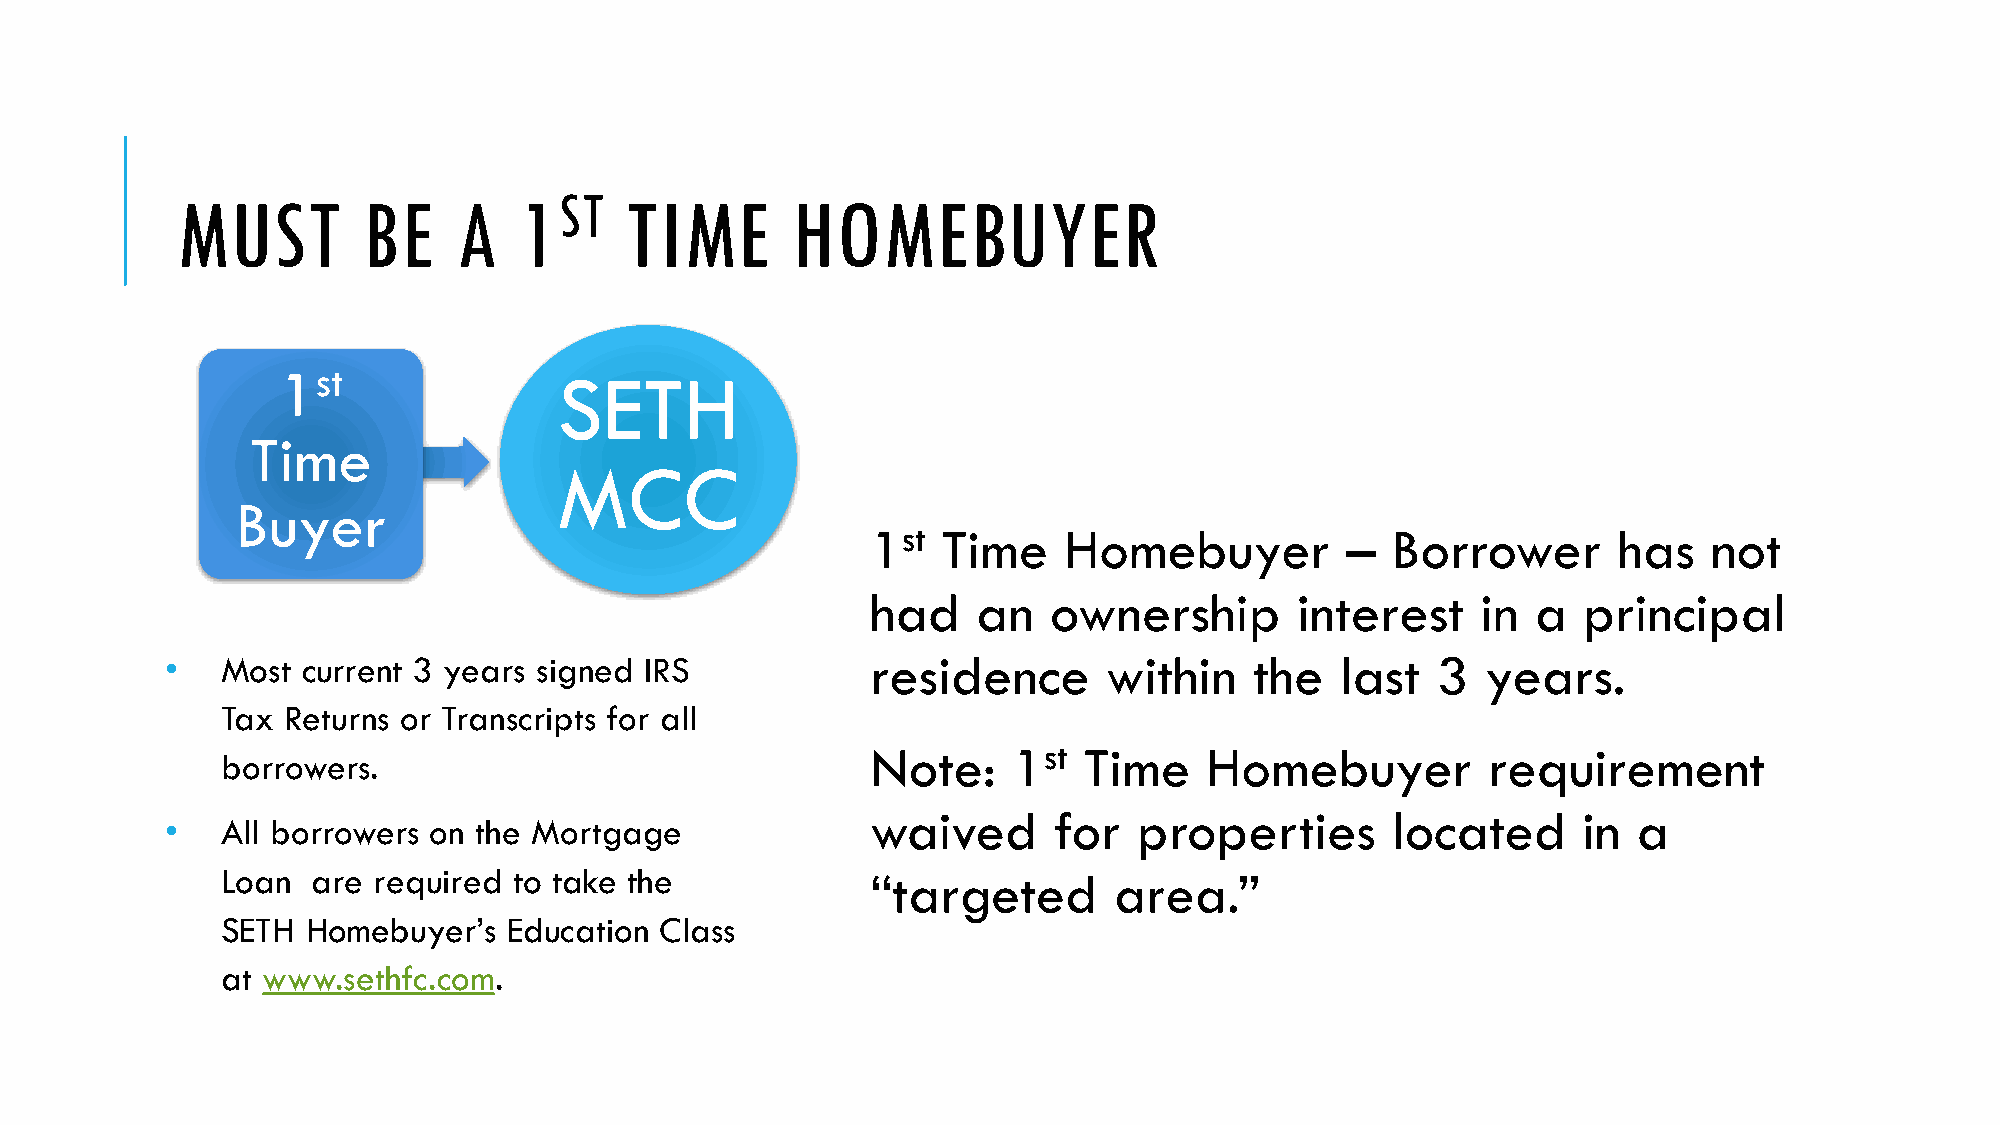
MUST        BE    A   1ST    TIME       HOMEBUYER
 1st                SETH
 Time
 MCC
 Buyer
 1st Time    Homebuyer          –  Borrower       has   not
 had    an   ownership       interest    in  a  principal
 •   Most current 3 years signed IRS            residence      within    the   last  3  years.
 Tax Returns or Transcripts for all
 Note:    1st  Time    Homebuyer         requirement
 borrowers.
 waived      for  properties       located      in a
 •   All borrowers on the Mortgage
 Loan  are required to take the             “targeted       area.”
 SETH Homebuyer’s   Education Class
 at www.sethfc.com.